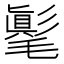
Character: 𣰘